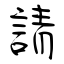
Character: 請